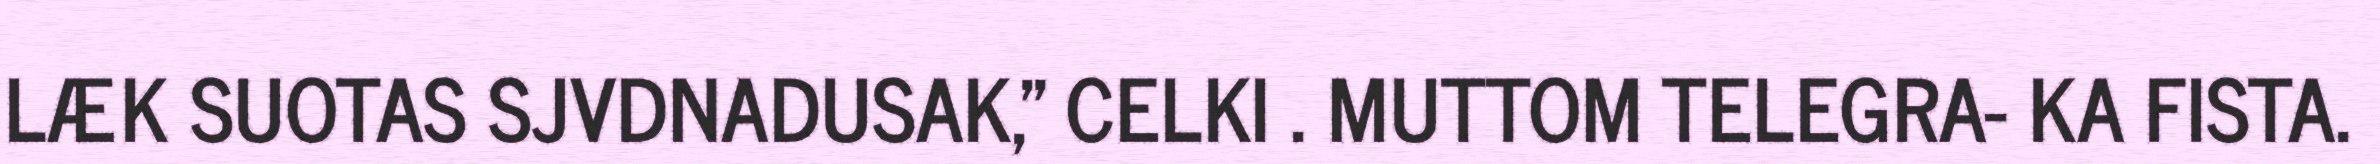
LÆK SUOTAS SJVDNADUSAK," CELKI . MUTTOM TELEGRA- KA FISTA.